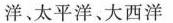
洋、太平洋、大西洋